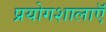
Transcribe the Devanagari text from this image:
प्रयोगशालाऍं